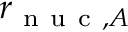
r _ { \mathrm { ~ n ~ u ~ c ~ } , A }